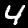
Digit: 4